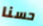
حسنا